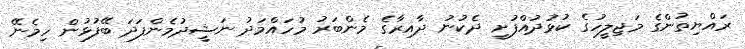
ރައްޔިތުންގެ މަޖިލީހުގެ ކުޅުދުއްފުށީ ދެކުނު ދާއިރާގެ މެންބަރު މުހައްމަދު ނަޝީދުމެންފަދަ ބޭފުޅުން ހިމެނޭ